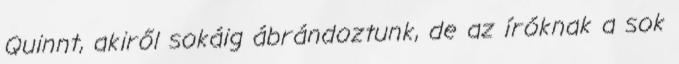
Quinnt, akiről sokáig ábrándoztunk, de az íróknak a sok